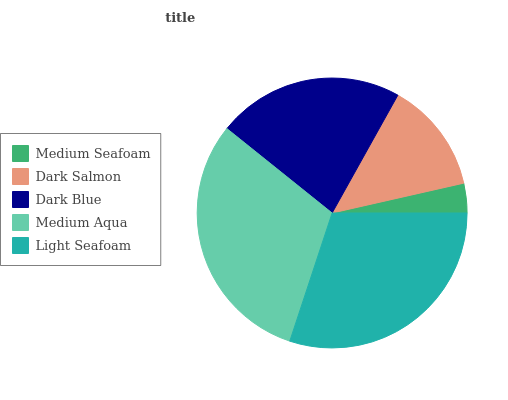
| Medium Seafoam | Dark Salmon | Dark Blue | Medium Aqua | Light Seafoam |
 | --- | --- | --- | --- | --- |
 | 3.55% | 13.4% | 22.3% | 30.7% | 30.1% |